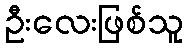
ဦးလေးဖြစ်သူ